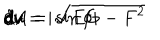
d A = \sqrt { E G - F ^ { 2 } } \hspace { 0 . 2 c m } d u \hspace { 0 . 1 c m } d v = | \sin \phi | \hspace { 0 . 2 c m } d u \hspace { 0 . 1 c m } d v